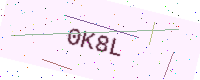
Text: 0K8L